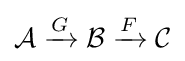
{\mathcal {A}}\xrightarrow {G} {\mathcal {B}}\xrightarrow {F} {\mathcal {C}}